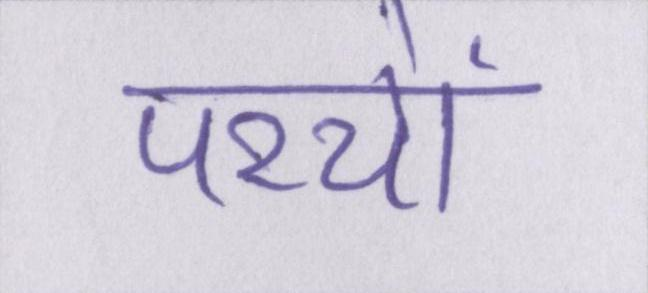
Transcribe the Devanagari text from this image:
परचों